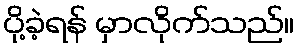
ပို့ခဲ့ရန် မှာလိုက်သည်။